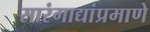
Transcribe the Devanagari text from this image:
सारंगाद्यांप्रमाणे